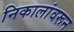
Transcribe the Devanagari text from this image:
निकालांवरून